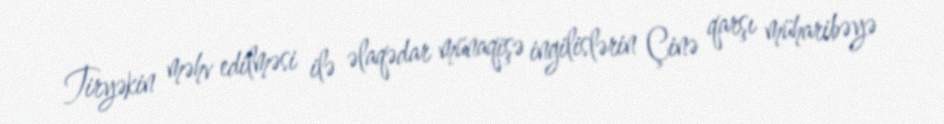
Tiryəkin məhv edilməsi ilə əlaqədar münaqişə ingilislərin Çinə qarşı müharibəyə